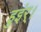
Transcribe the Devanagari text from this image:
हुइंर्।